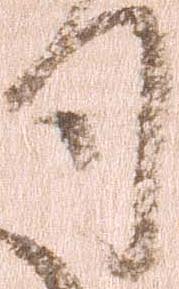
司